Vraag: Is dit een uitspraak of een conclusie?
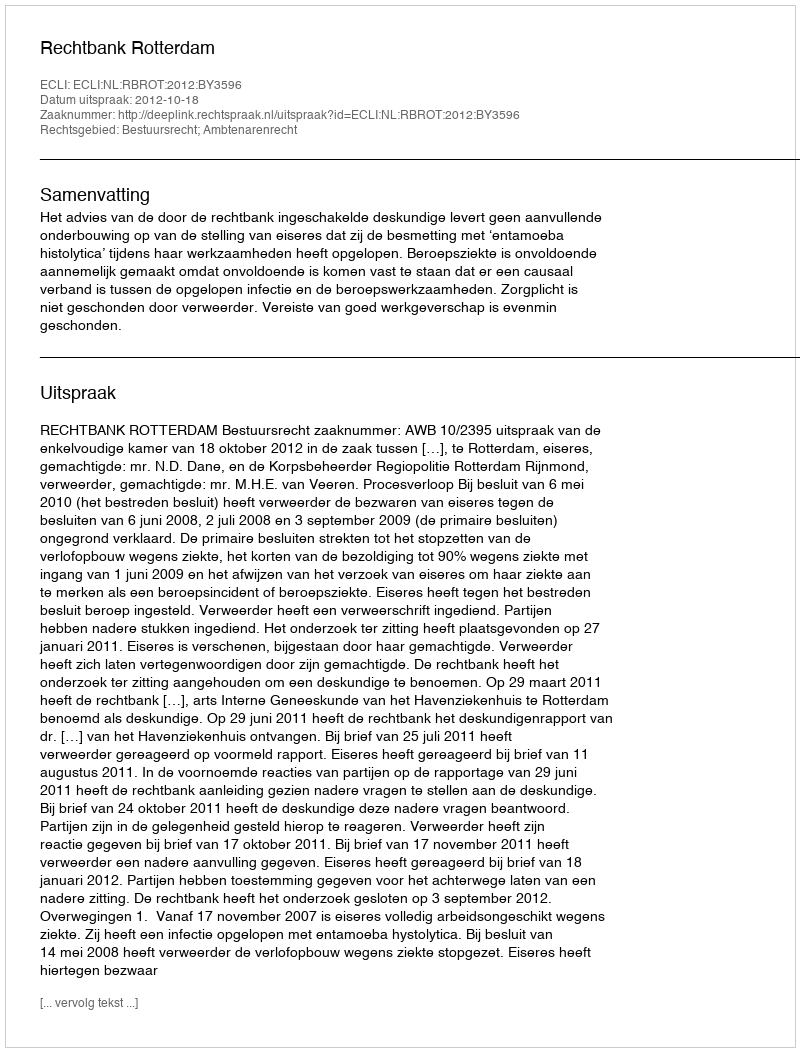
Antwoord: Uitspraak